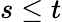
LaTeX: s\leq t